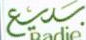
بديع